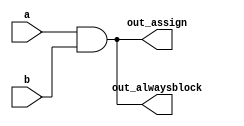
module top_module(
    input a, 
    input b,
    output wire out_assign,
    output reg out_alwaysblock
);
    assign out_assign = a & b;
    
    always @(*) out_alwaysblock = a & b; // always@(*) == combinational, use "=" to assign values.

endmodule